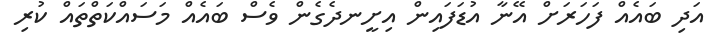
އަދި ބައެއް ފަހަރަށް އޭނާ އުޑަފައިން އިށީނދެގެން ވެސް ބައެއް މަސައްކަތްތައް ކުރި